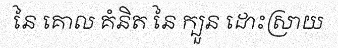
នៃ គោល គំនិត នៃ ក្បួន ដោះស្រាយ